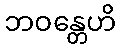
ဘဝန္တေဟိ